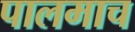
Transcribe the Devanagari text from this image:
पालमाच